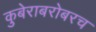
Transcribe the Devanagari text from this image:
कुबेराबरोबरच